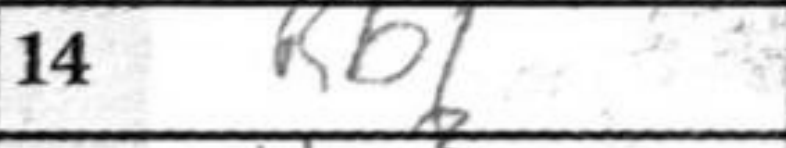
Transcription: Rb1